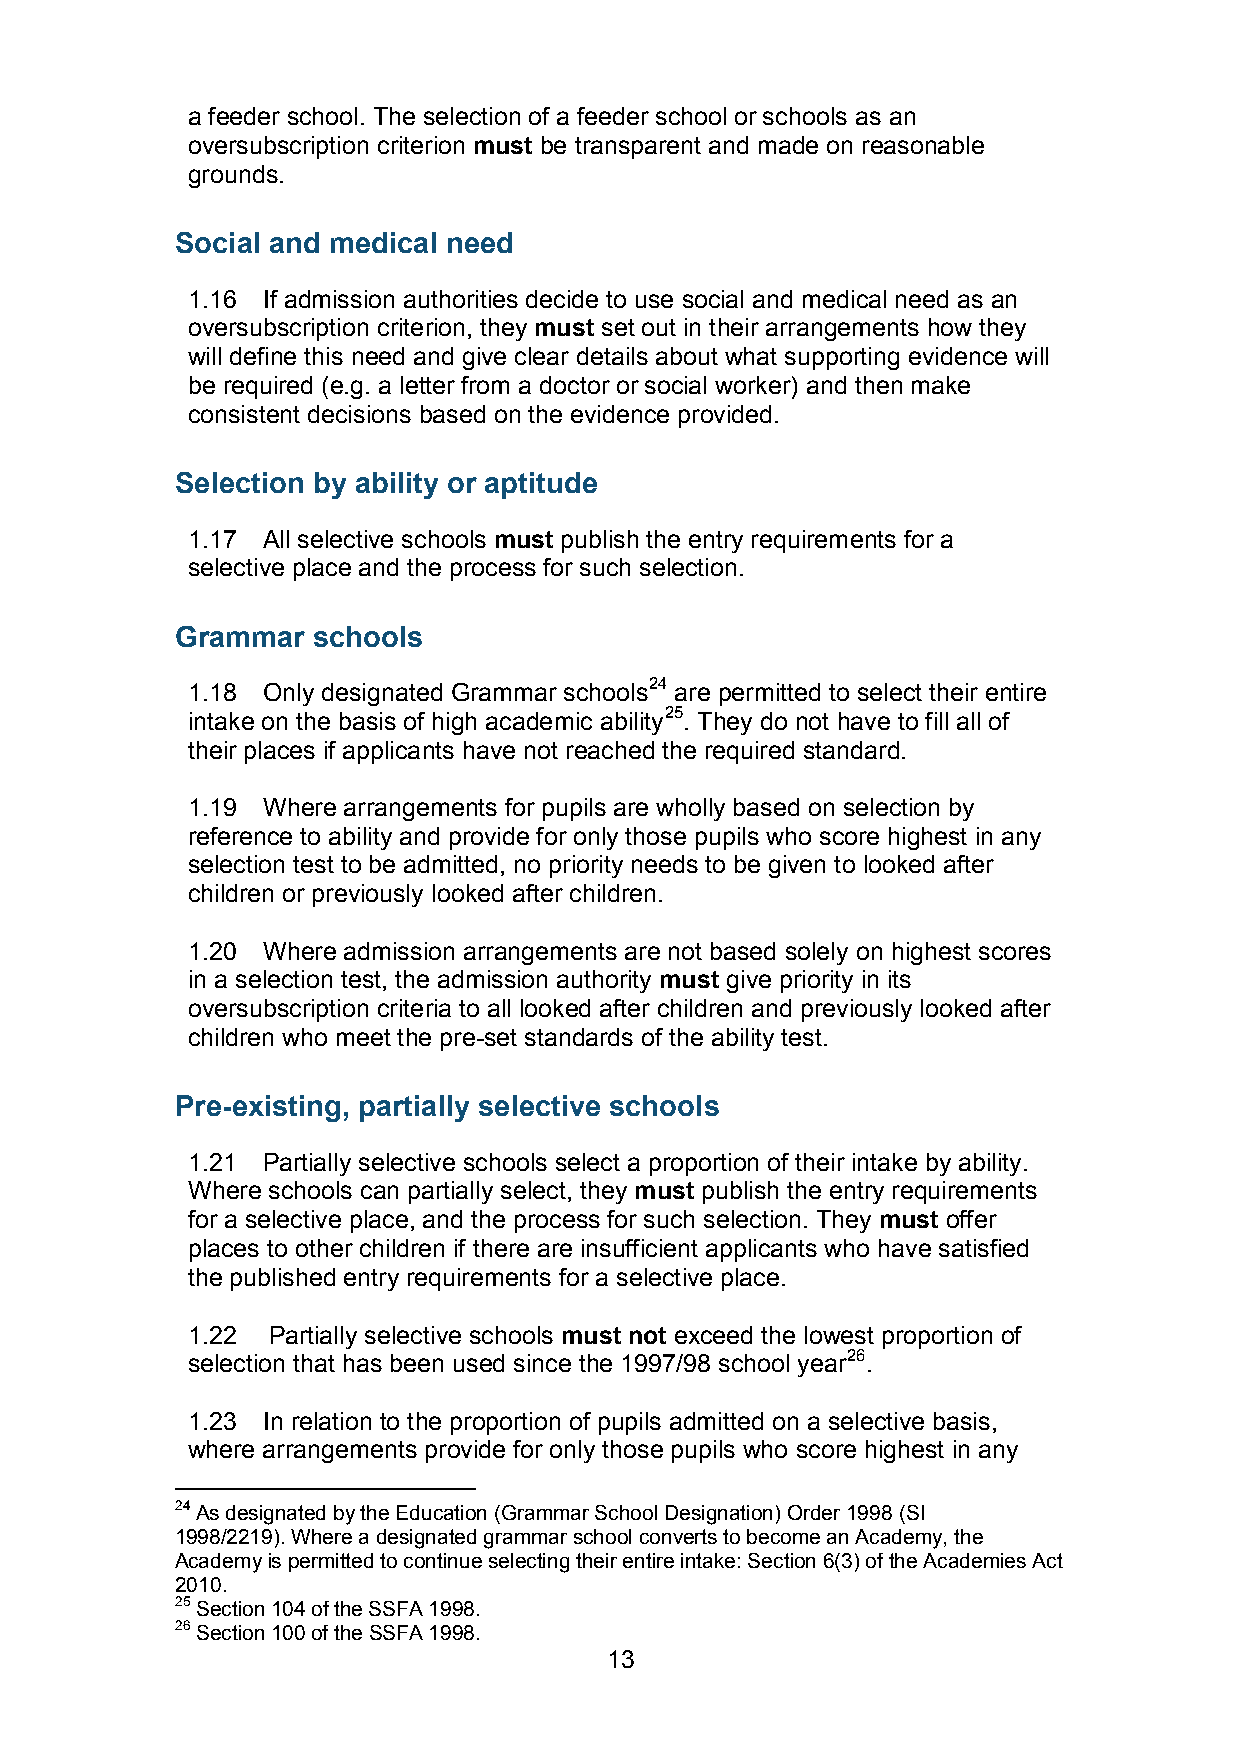
a feeder school. The selection of a feeder school or schools as an
 oversubscription criterion must be transparent and made on reasonable
 grounds.
 Social and medical need
 1.16 If admission authorities decide to use social and medical need as an
 oversubscription criterion, they must set out in their arrangements how they
 will define this need and give clear details about what supporting evidence will
 be required (e.g. a letter from a doctor or social worker) and then make
 consistent decisions based on the evidence provided.
 Selection by ability or aptitude
 1.17 All selective schools must publish the entry requirements for a
 selective place and the process for such selection.
 Grammar  schools
 1.18 Only designated Grammar schools24 are permitted to select their entire
 intake on the basis of high academic ability25. They do not have to fill all of
 their places if applicants have not reached the required standard.
 1.19 Where arrangements for pupils are wholly based on selection by
 reference to ability and provide for only those pupils who score highest in any
 selection test to be admitted, no priority needs to be given to looked after
 children or previously looked after children.
 1.20 Where admission arrangements are not based solely on highest scores
 in a selection test, the admission authority must give priority in its
 oversubscription criteria to all looked after children and previously looked after
 children who meet the pre-set standards of the ability test.
 Pre-existing, partially selective schools
 1.21 Partially selective schools select a proportion of their intake by ability.
 Where schools can partially select, they must publish the entry requirements
 for a selective place, and the process for such selection. They must offer
 places to other children if there are insufficient applicants who have satisfied
 the published entry requirements for a selective place.
 1.22  Partially selective schools must not exceed the lowest proportion of
 selection that has been used since the 1997/98 school year26.
 1.23 In relation to the proportion of pupils admitted on a selective basis,
 where arrangements provide for only those pupils who score highest in any
 24 As designated by the Education (Grammar School Designation) Order 1998 (SI
 1998/2219). Where a designated grammar school converts to become an Academy, the
 Academy is permitted to continue selecting their entire intake: Section 6(3) of the Academies Act
 2010.
 25 Section 104 of the SSFA 1998.
 26 Section 100 of the SSFA 1998.
 13